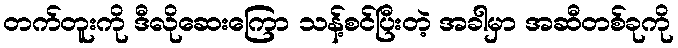
တက်တူးကို ဒီလိုဆေးကြော သန့်စင်ပြီးတဲ့ အခါမှာ အဆီတစ်ခုကို